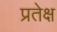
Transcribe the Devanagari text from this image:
प्रतेक्ष